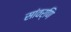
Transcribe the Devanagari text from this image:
सांवर्णि